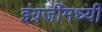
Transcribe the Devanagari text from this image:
इंग्रजीमध्यी